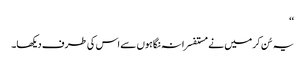
‘‘
یہ سُن کر میں نے مستفسرانہ نگاہوں سے اس کی طرف دیکھا۔